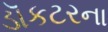
ડૉકટરના